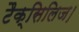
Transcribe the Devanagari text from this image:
टैक्सिलिज।